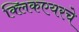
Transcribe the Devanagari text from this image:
क्लिकएयरचे